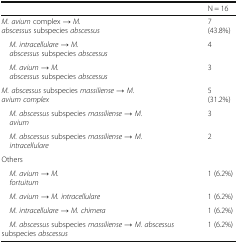
<table><thead><tr><td></td><td><b>N = 16</b></td></tr></thead><tbody><tr><td><i>M. avium</i> complex → <i>M. abscessus</i> subspecies <i>abscessus</i></td><td>7 (43.8%)</td></tr><tr><td> <i>M. intracellulare</i> → <i>M. abscessus</i> subspecies <i>abscessus</i></td><td>4</td></tr><tr><td> <i>M. avium</i> → <i>M. abscessus</i> subspecies <i>abscessus</i></td><td>3</td></tr><tr><td><i>M. abscessus</i> subspecies <i>massiliense</i> → <i>M. avium complex</i></td><td>5 (31.2%)</td></tr><tr><td> <i>M. abscessus</i> subspecies <i>massiliense → M. avium</i></td><td>3</td></tr><tr><td> <i>M. abscessus</i> subspecies <i>massiliense → M. intracellulare</i></td><td>2</td></tr><tr><td>Others</td><td></td></tr><tr><td> <i>M. avium</i> → <i>M. fortuitum</i></td><td>1 (6.2%)</td></tr><tr><td> <i>M. avium</i> → <i>M. intracellulare</i></td><td>1 (6.2%)</td></tr><tr><td> <i>M. intracellulare</i> → <i>M. chimera</i></td><td>1 (6.2%)</td></tr><tr><td> <i>M. abscessus</i> subspecies <i>massiliense</i> → <i>M. abscessus</i> subspecies <i>abscessus</i></td><td>1 (6.2%)</td></tr></tbody></table>